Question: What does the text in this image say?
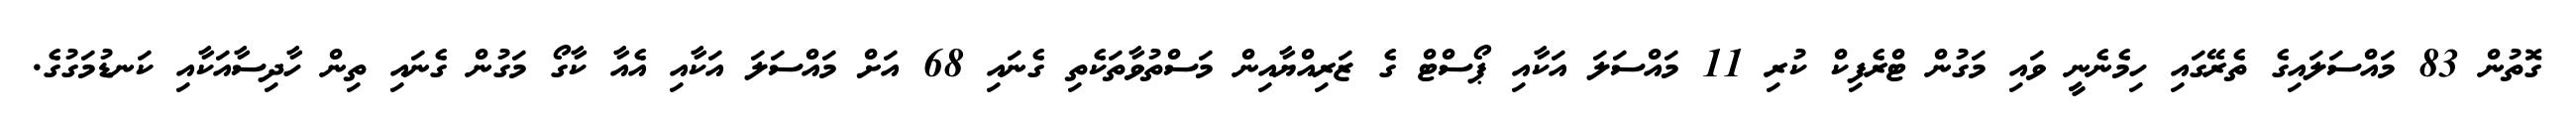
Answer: ގޮތުން 83 މައްސަލައިގެ ތެރޭގައި ހިމެނެނީ ވައި މަގުން ޓްރެފިކް ކުރި 11 މައްސަލަ އަކާއި ޕޯސްޓް ގެ ޒަރިއްޔާއިން މަސްތުވާތަކެތި ގެނައި 68 އަށް މައްސަލަ އަކާއި އެއާ ކާގޯ މަގުން ގެނައި ތިން ހާދިސާއަކާއި ކަނޑުމަގުގެ.